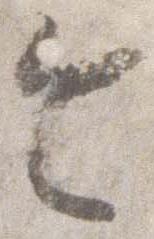
令